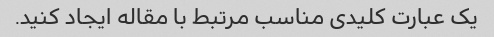
یک عبارت کلیدی مناسب مرتبط با مقاله ایجاد کنید.